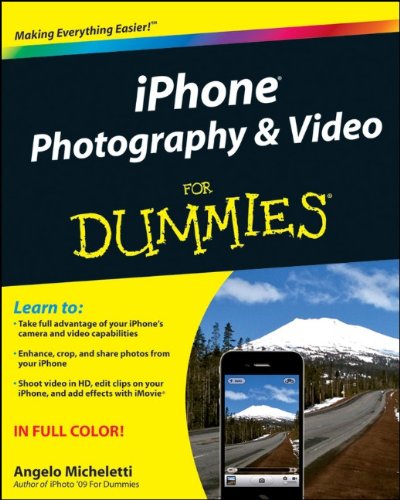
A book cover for iPhone Photography and Video For Dummies; Angelo Micheletti; Computers & Technology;